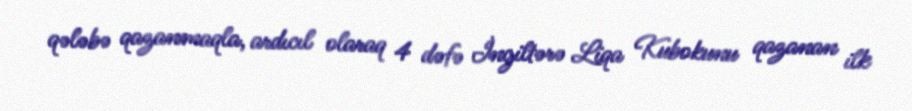
qələbə qazanmaqla, ardıcıl olaraq 4 dəfə İngiltərə Liqa Kubokunu qazanan ilk